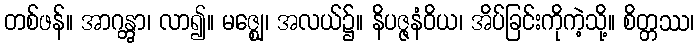
တစ်ဖန်။ အာဂန္တွာ၊ လာ၍။ မဇ္ဈေ၊ အလယ်၌။ နိပဇ္ဇနံဝိယ၊ အိပ်ခြင်းကိုကဲ့သို့။ စိတ္တဿ၊